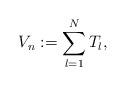
LaTeX: \begin{align*}V_n := \sum_{l=1}^{N} T_l,\end{align*}